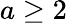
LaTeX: a\ge 2